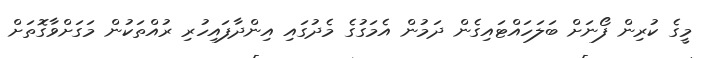
މީގެ ކުރިން ފޯނަށް ބަލަހައްޓައިގެން ދަމުން އެމަގުގެ މެދުގައި އިންދާފައިހުރި ރުއްތަކުން މަގަށްވާގޮތަށް